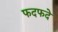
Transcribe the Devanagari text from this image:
फदफदे